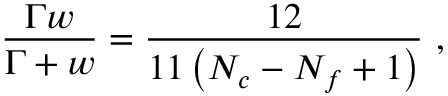
\frac { \Gamma w } { \Gamma + w } = \frac { 1 2 } { 1 1 \left( N _ { c } - N _ { f } + 1 \right) } \ ,